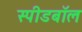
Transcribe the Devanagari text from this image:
स्पीडबॉल